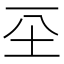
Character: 𡉊